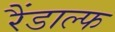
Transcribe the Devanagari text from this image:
रैंडाल्फ